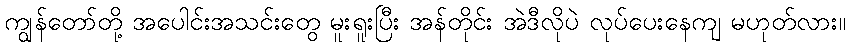
ကျွန်တော်တို့ အပေါင်းအသင်းတွေ မူးရူးပြီး အန်တိုင်း အဲဒီလိုပဲ လုပ်ပေးနေကျ မဟုတ်လား။